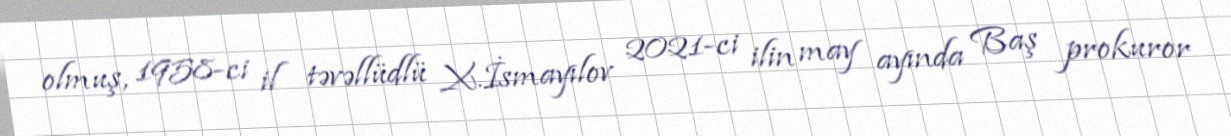
olmuş, 1958-ci il təvəllüdlü X.İsmayılov 2021-ci ilin may ayında Baş prokuror